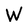
Character: W